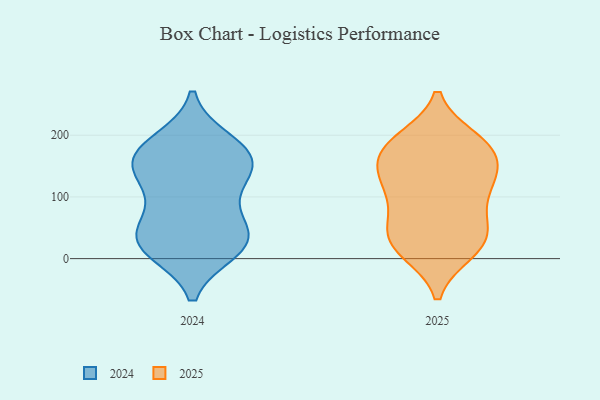
{"axis": {"x": "LTV (USD)", "y": "Value"}, "legend": ["2024", "2025"], "data": [{"x": "", "y": 16, "type": "2025"}, {"x": "", "y": 36, "type": "2025"}, {"x": "", "y": 121, "type": "2025"}, {"x": "", "y": 91, "type": "2025"}, {"x": "", "y": 177, "type": "2025"}, {"x": "", "y": 145, "type": "2025"}, {"x": "", "y": 190, "type": "2025"}, {"x": "", "y": 48, "type": "2025"}, {"x": "", "y": 142, "type": "2025"}, {"x": "", "y": 11, "type": "2025"}, {"x": "", "y": 105, "type": "2025"}, {"x": "", "y": 178, "type": "2025"}, {"x": "", "y": 42, "type": "2025"}, {"x": "", "y": 186, "type": "2025"}, {"x": "", "y": 119, "type": "2025"}, {"x": "", "y": 57, "type": "2025"}, {"x": "", "y": 193, "type": "2025"}, {"x": "", "y": 13, "type": "2025"}, {"x": "", "y": 149, "type": "2025"}, {"x": "", "y": 115, "type": "2024"}, {"x": "", "y": 14, "type": "2024"}, {"x": "", "y": 16, "type": "2024"}, {"x": "", "y": 28, "type": "2024"}, {"x": "", "y": 175, "type": "2024"}, {"x": "", "y": 75, "type": "2024"}, {"x": "", "y": 189, "type": "2024"}, {"x": "", "y": 149, "type": "2024"}, {"x": "", "y": 43, "type": "2024"}, {"x": "", "y": 128, "type": "2024"}, {"x": "", "y": 150, "type": "2024"}, {"x": "", "y": 172, "type": "2024"}, {"x": "", "y": 40, "type": "2024"}, {"x": "", "y": 27, "type": "2024"}, {"x": "", "y": 167, "type": "2024"}]}